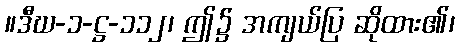
။ဒီဃ-၁-ဋ္ဌ-၁၁၂၊ ဤ၌ အကျယ်ပြ ဆိုထား၏၊